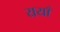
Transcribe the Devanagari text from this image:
ययाँ